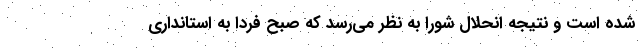
شده است و نتیجه انحلال شورا به نظر می‌رسد که صبح فردا به استانداری